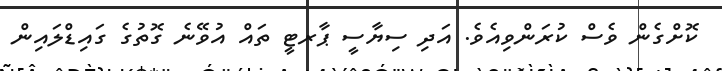
ކޮށްގެން ވެސް ކުރަންވިއެވެ. އަދި ސިޔާސީ ޕާރޓީ ތައް އުވޭނެ ގޮތުގެ ގައިޑްލައިން